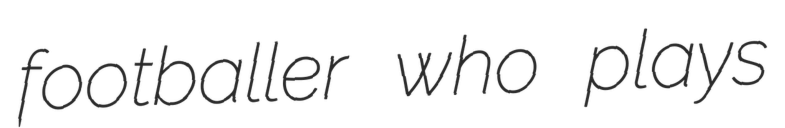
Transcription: footballer who plays